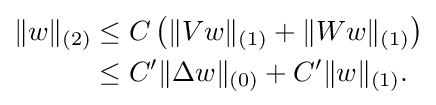
{\begin{aligned}\|w\|_{(2)}&\leq C\left(\|Vw\|_{(1)}+\|Ww\|_{(1)}\right)\\&\leq C^{\prime }\|\Delta w\|_{(0)}+C^{\prime }\|w\|_{(1)}.\end{aligned}}